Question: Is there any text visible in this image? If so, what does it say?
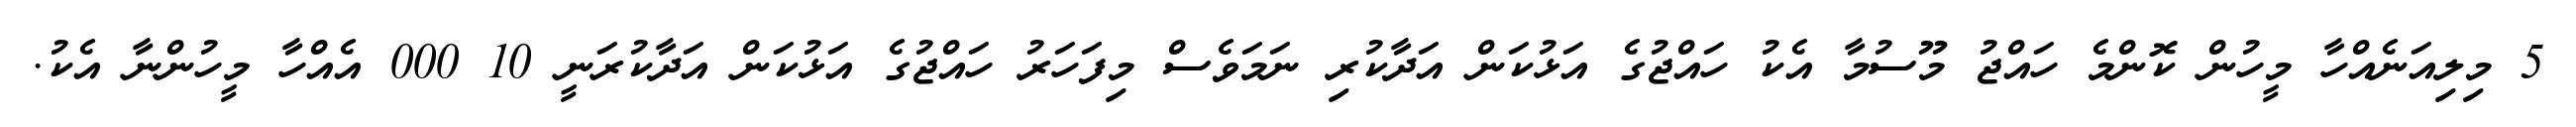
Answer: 5 މިލިއަނެއްހާ މީހުން ކޮންމެ ހައްޖު މޫސުމާ އެކު ހައްޖުގެ އަޅުކަން އަދާކުރި ނަމަވެސް މިފަހަރު ހައްޖުގެ އަޅުކަން އަދާކުރަނީ 10 000 އެއްހާ މީހުންނާ އެކު.